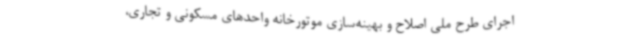
اجرای طرح ملی اصلاح و بهینه‌سازی موتورخانه واحدهای مسکونی و تجاری،